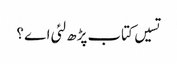
تسیں کتاب پڑھ لئی اے ؟